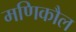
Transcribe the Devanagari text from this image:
मणिकौल